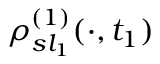
\rho _ { s l _ { 1 } } ^ { ( 1 ) } ( \cdot , t _ { 1 } )